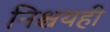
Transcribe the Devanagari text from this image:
निश्चयही